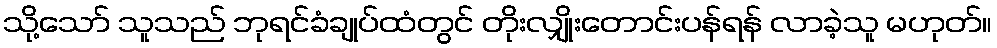
သို့သော် သူသည် ဘုရင်ခံချုပ်ထံတွင် တိုးလျှိုးတောင်းပန်ရန် လာခဲ့သူ မဟုတ်။